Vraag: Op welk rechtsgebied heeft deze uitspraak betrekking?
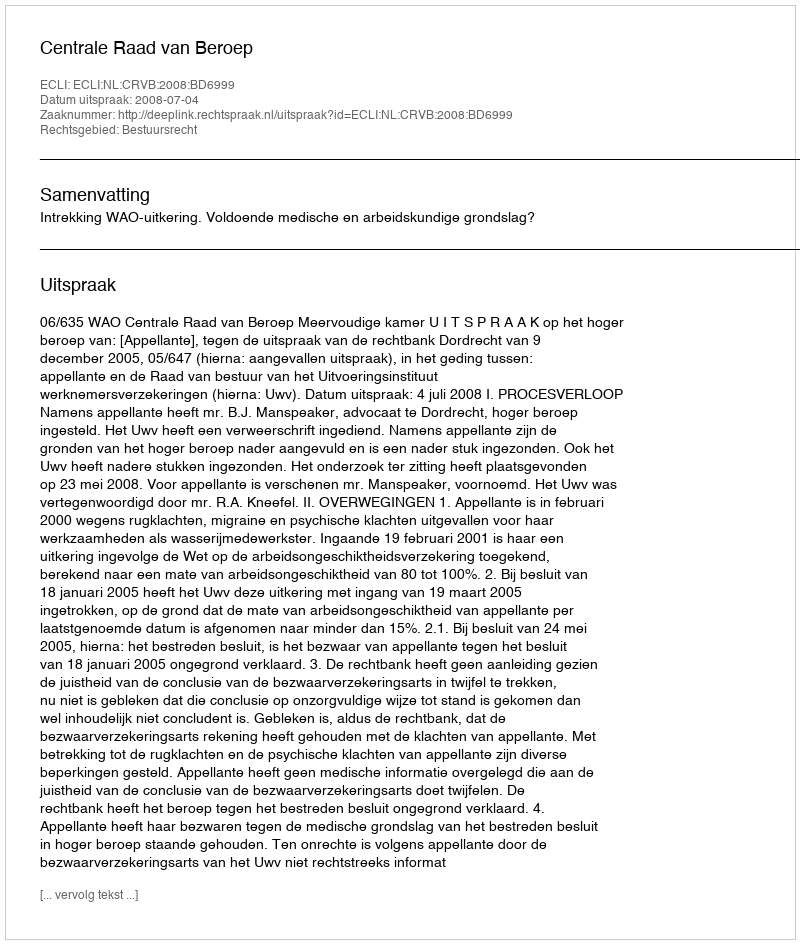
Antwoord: Bestuursrecht